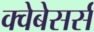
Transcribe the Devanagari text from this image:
क्वेबेसर्स